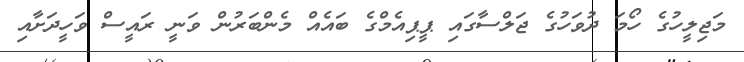
މަޖިލީހުގެ ހޯމަ ދުވަހުގެ ޖަލްސާގައި ޕީޕިއެމްގެ ބައެއް މެންބަރުން ވަނީ ރައީސް ވަހީދަށާއި